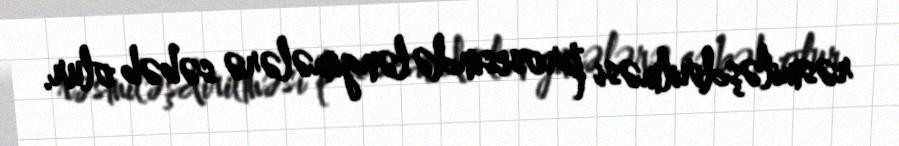
rəsmiləşdirilməsi prosesində ləngimələrə səbəb olur.